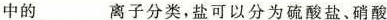
中的___离子分类，盐可以分为硫酸盐、硝酸